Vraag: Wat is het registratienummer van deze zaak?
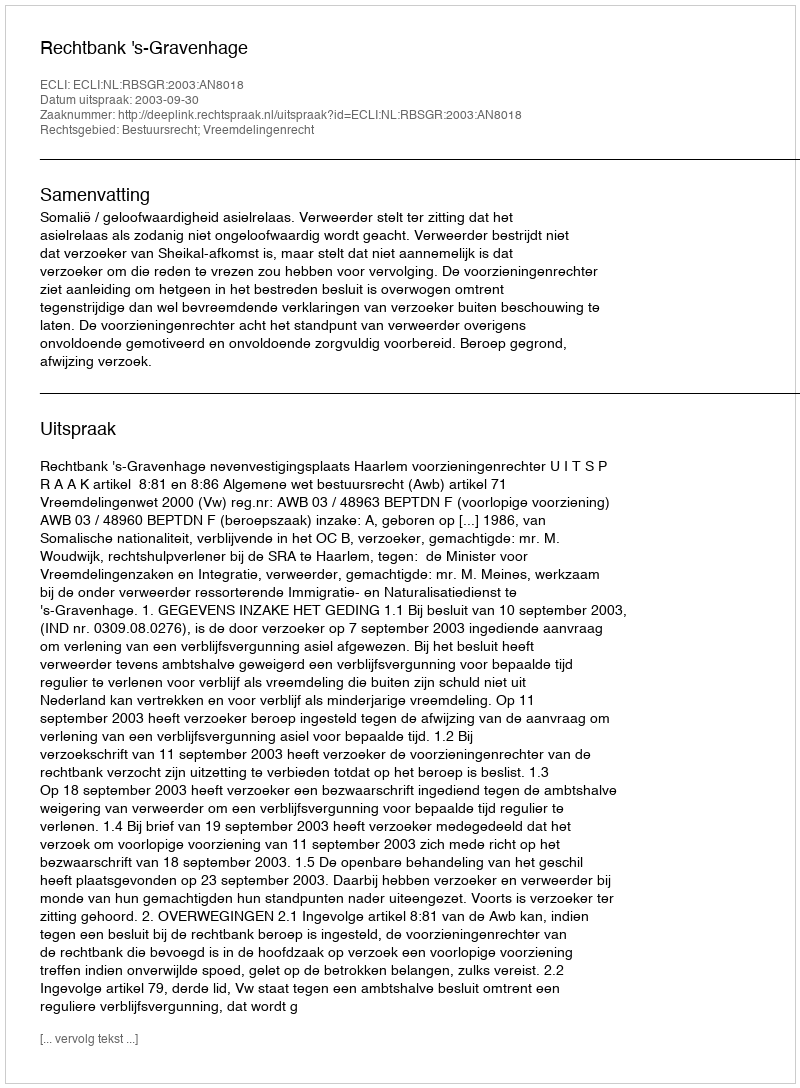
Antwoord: http://deeplink.rechtspraak.nl/uitspraak?id=ECLI:NL:RBSGR:2003:AN8018